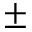
\pm { }